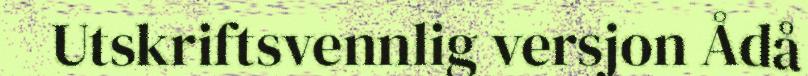
Utskriftsvennlig versjon Ådå